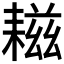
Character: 𦔒